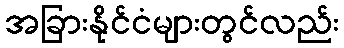
အခြားနိုင်ငံများတွင်လည်း